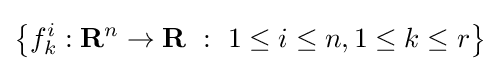
\left\{f_{k}^{i}:\mathbf {R} ^{n}\to \mathbf {R} \ :\ 1\leq i\leq n,1\leq k\leq r\right\}